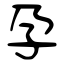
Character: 孕